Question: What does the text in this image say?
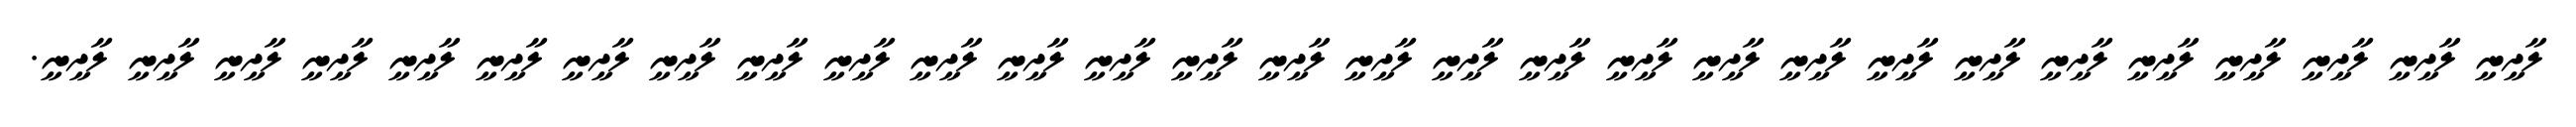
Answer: ލާދީނީ ލާދީނީ ލާދީނީ ލާދީނީ ލާދީނީ ލާދީނީ ލާދީނީ ލާދީނީ ލާދީނީ ލާދީނީ ލާދީނީ ލާދީނީ ލާދީނީ ލާދީނީ ލާދީނީ ލާދީނީ ލާދީނީ ލާދީނީ ލާދީނީ ލާދީނީ ލާދީނީ ލާދީނީ ލާދީނީ ލާދީނީ ލާދީނީ ލާދީނީ ލާދީނީ ލާދީނީ ލާދީނީ.